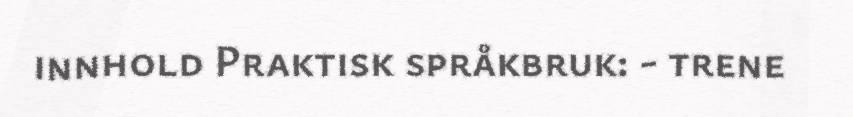
innhold Praktisk språkbruk: - trene